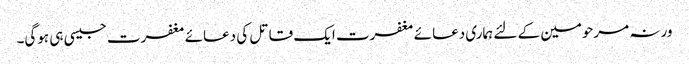
ورنہ مرحومین کے لئے ہماری دعائے مغفرت ایک قاتل کی دعائے مغفرت جیسی ہی ہوگی۔